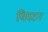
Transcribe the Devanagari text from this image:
विस्टन